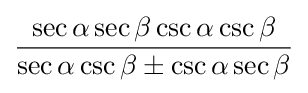
{\frac {\sec \alpha \sec \beta \csc \alpha \csc \beta }{\sec \alpha \csc \beta \pm \csc \alpha \sec \beta }}